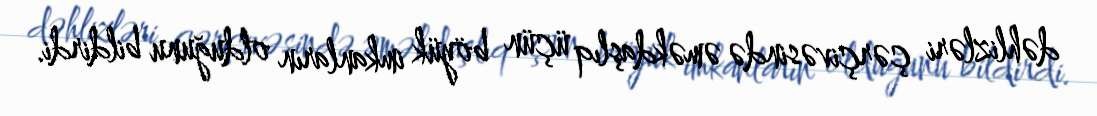
dəhlizləri çərçivəsində əməkdaşlıq üçün böyük imkanların olduğunu bildirdi.